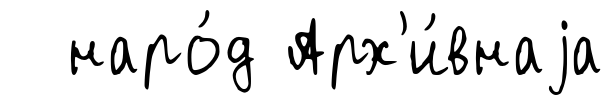
наро́д Арх'и́внаjа